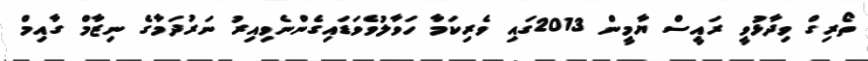
ތޯރިގް ވިދާޅުވީ ރައީސް ޔާމީން 2013ގައި ވެރިކަމާ ހަވާލުވެވަޑައިގެންނެވިއިރު ނަރުދަމާގެ ނިޒާމް ގާއިމް